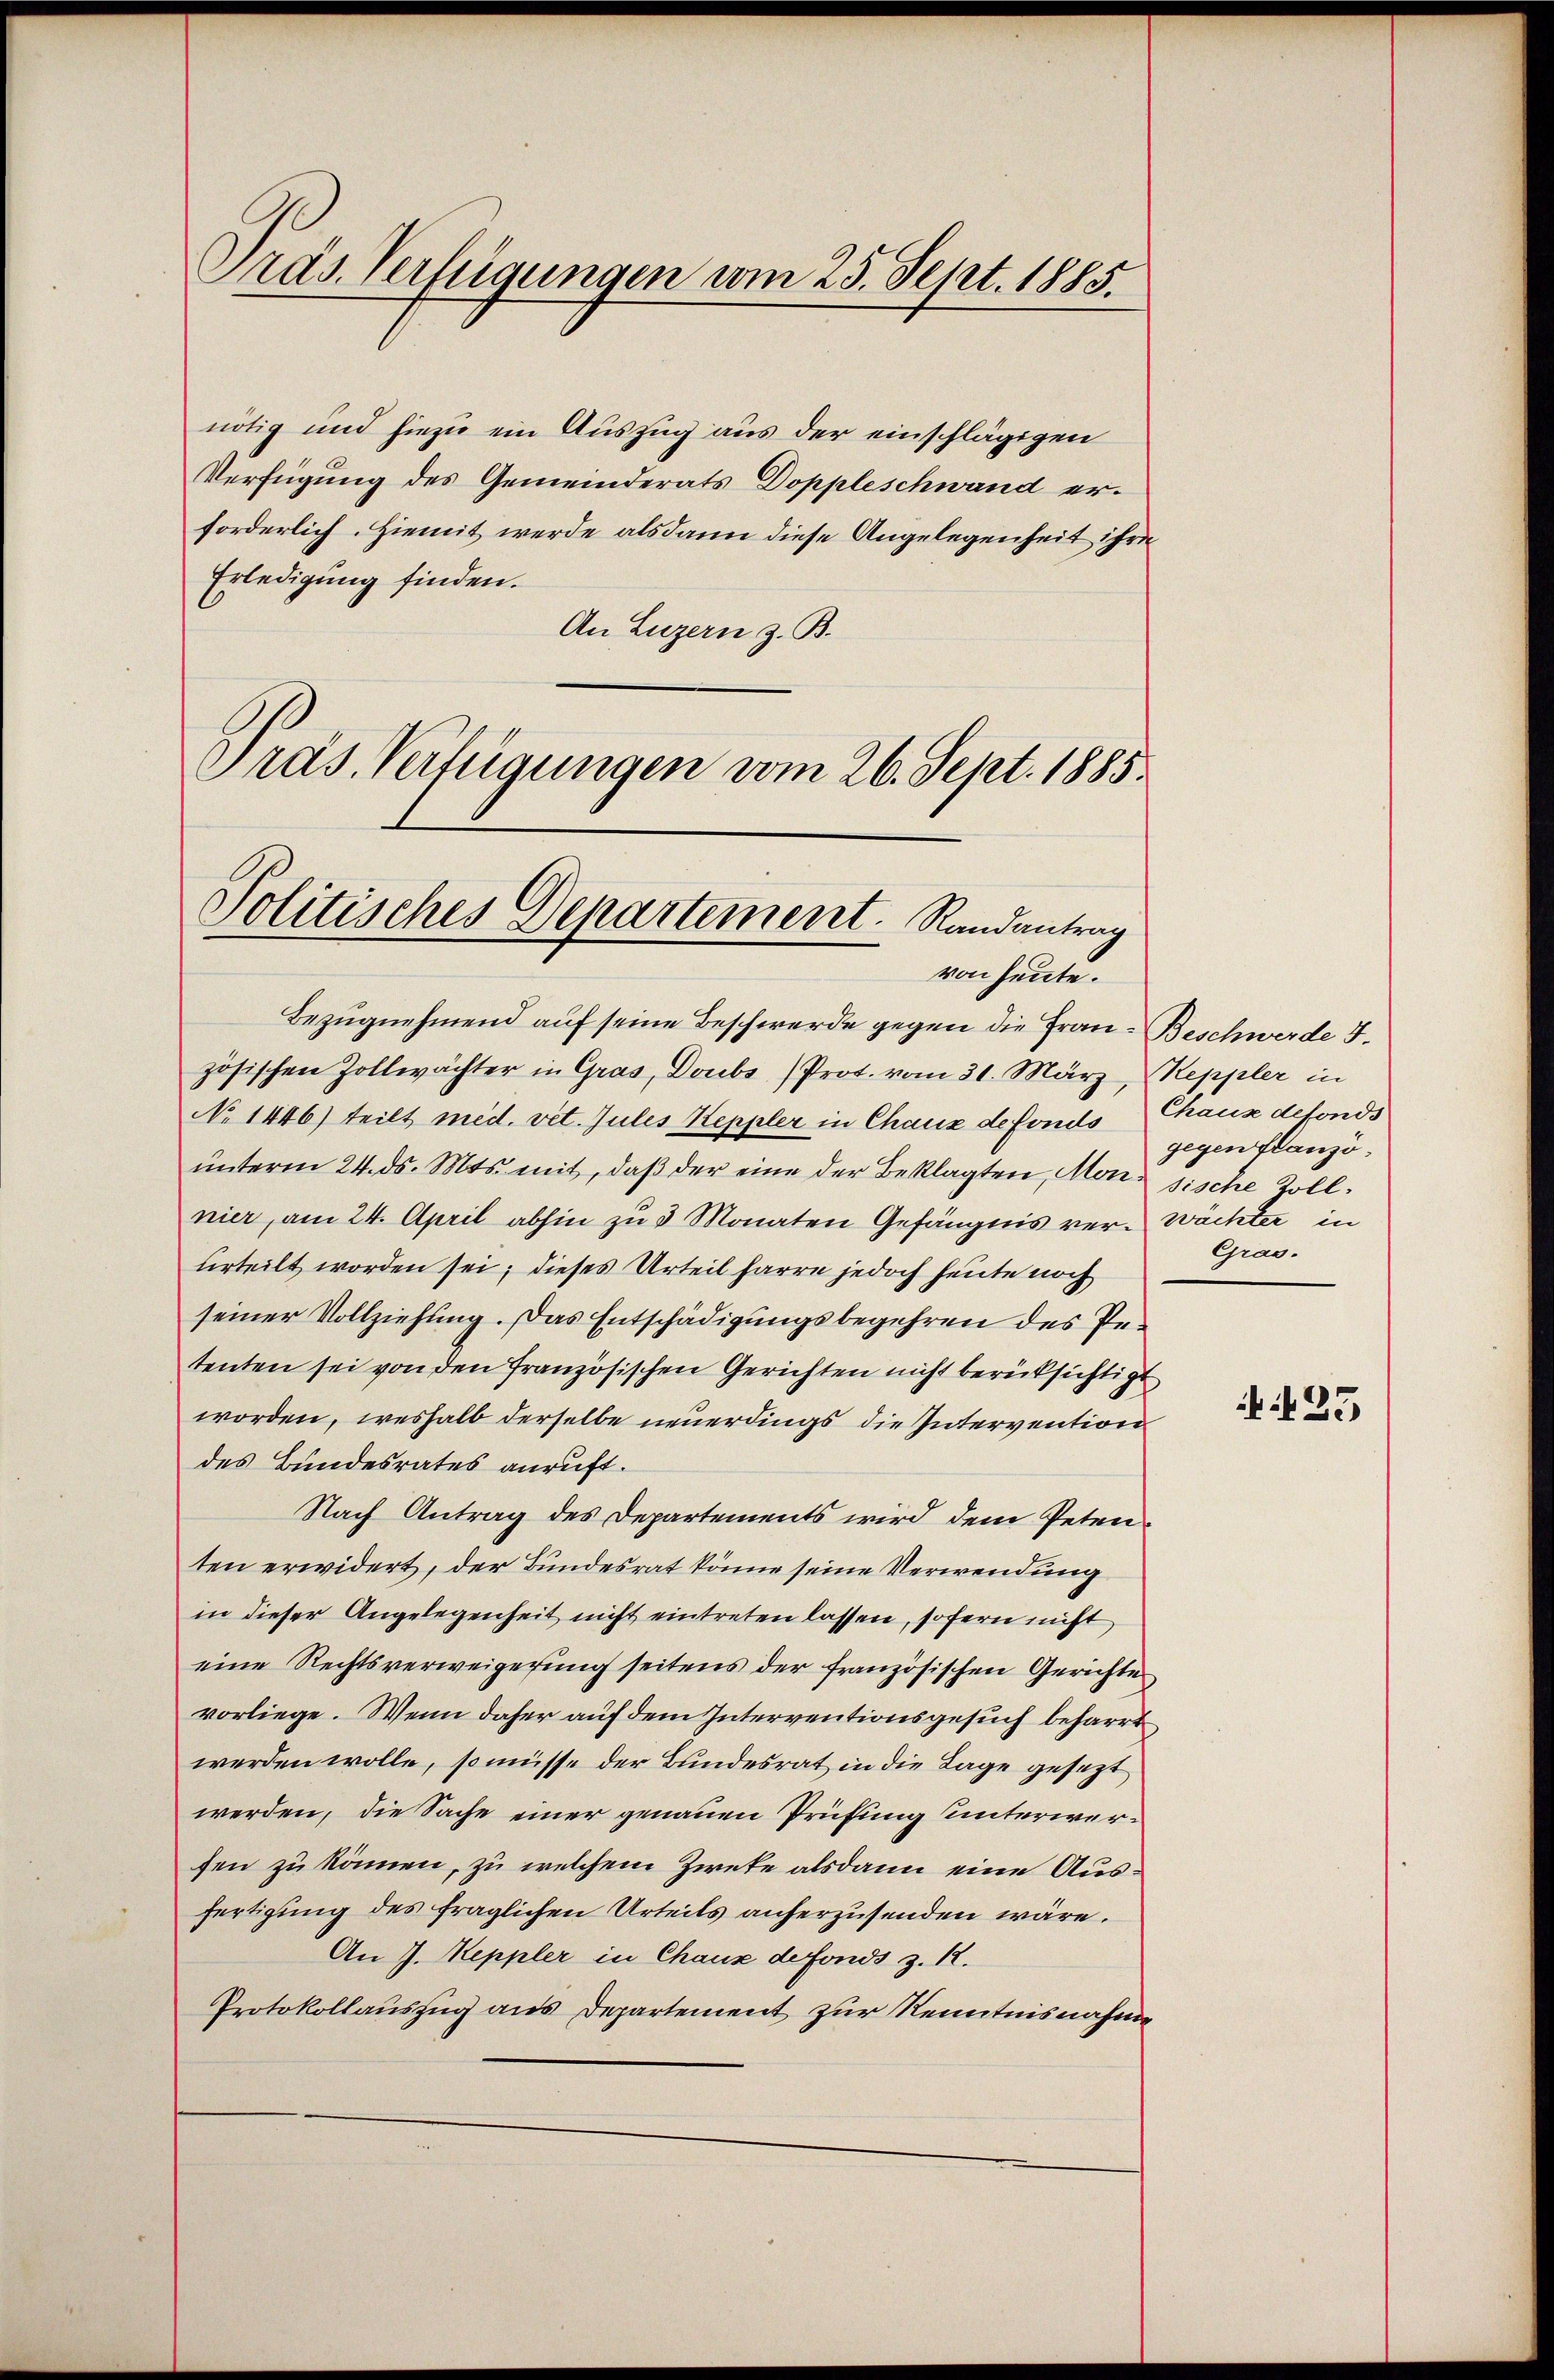
Präs. Verfügungen vom 25. Sept. 1885.

nötig und hiezu ein Auszug aus der einschlägigen
Verfügung des Gemeinderats Doppleschwand erforderlich. Hiemit werde alsdann diese Angelegenheit ihre
Erledigung finden.
An Luzern z. B.
Präs. Verfügungen vom 26. Sept. 1885.

Politisches Departement. Randantrag
von heute.

Bezugnehmend auf seine Beschwerde gegen die Frau Beschwerde 5.
zösischen Zollwächter in Gras, Doubs ) Prot. vom 31. März, Keppler in
No 1446) teilt med. vet. Jules Keppler in Chaux defonds Chaux defonds
unterm 24. ds. Mts. mit, daß der eine der Beklagten, Monsische Zollnier, am 24. April abhin zu 3 Monaten Gefängnis ver-Wächter in
herteilt worden sei; dieses Urteil harre jedoch heute noch
seiner Vollziehung. Das Entschädigungsbegehren des Petenten sei von den französischen Gerichten nicht berücksichtigt
worden, weshalb derselbe neuerdings die Intervention
des Bundesrates anruft.
Nach Antrag des Departements wird dem Petenten erwidert, der Bundesrat könne seine Verwendung
in dieser Angelegenheit nicht eintreten lassen, sofern nicht
eine Rechtsverweigerung seitens der französischen Gerichte
vorliege. Wenn daher auf dem Interventionsgesuch beharrt
werden wolle, so müsse der Bundesrat in die Lage gesezt
werden, die Sache einer genauen Prüfung unterwersen zu können, zu welchem Zweke alsdann eine Ausfertigung des fraglichen Urteils anherzusenden wäre.
An J. Keppler in Chaus defonds z. R.
Protokollauszug aus Departement zur Kenntnisnahme

gegen franzö¬
Gras.

423